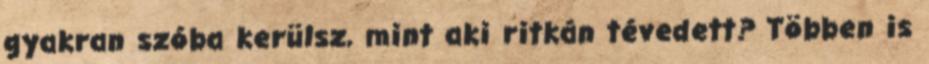
gyakran szóba kerülsz, mint aki ritkán téve­dett? Töb­ben is